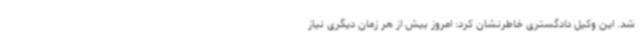
شد. این وکیل دادگستری خاطرنشان کرد: امروز بیش از هر زمان دیگری نیاز